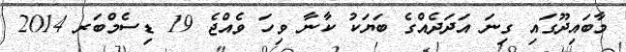
މާބައިދޫގައި ގިނަ އަދަދެއްގެ ބަޔަކު ކާނާ ވިހަ ވެއްޖެ 19 ޑިސެމްބަރ 2014